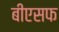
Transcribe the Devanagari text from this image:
बीएसफ